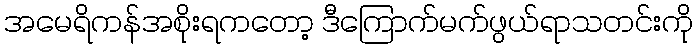
အမေရိကန်အစိုးရကတော့ ဒီကြောက်မက်ဖွယ်ရာသတင်းကို